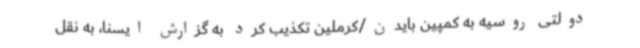
دولتی روسیه به کمپین بایدن/کرملین تکذیب کرد به گزارش ایسنا، به نقل